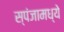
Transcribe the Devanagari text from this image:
स्पंजामध्ये